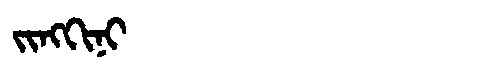
Manchu: ᠵᡳᠩᡴᡳᠨᡳ
Romanization: JINGKINI